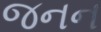
જનન